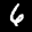
Label: 6